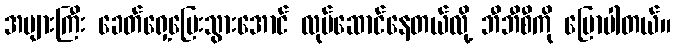
အများကြီး ခေတ်ရှေ့ပြေးသွားအောင် လုပ်ဆောင်နေတယ်လို့ ဘီဘီစီကို ပြောပါတယ်။